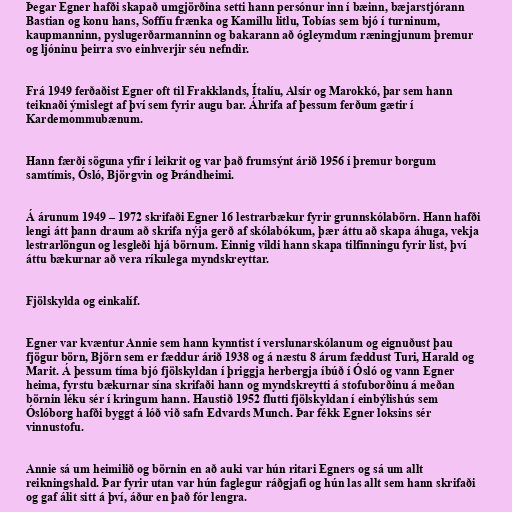
Þegar Egner hafði skapað umgjörðina setti hann persónur inn í bæinn, bæjarstjórann
Bastian og konu hans, Soffíu frænka og Kamillu litlu, Tobías sem bjó í turninum,
kaupmanninn, pyslugerðarmanninn og bakarann að ógleymdum ræningjunum þremur
og ljóninu þeirra svo einhverjir séu nefndir.

Frá 1949 ferðaðist Egner oft til Frakklands, Ítalíu, Alsír og Marokkó, þar sem hann
teiknaði ýmislegt af því sem fyrir augu bar. Áhrifa af þessum ferðum gætir í
Kardemommubænum.

Hann færði söguna yfir í leikrit og var það frumsýnt árið 1956 í þremur borgum
samtímis, Ósló, Björgvin og Þrándheimi.

Á árunum 1949 – 1972 skrifaði Egner 16 lestrarbækur fyrir grunnskólabörn. Hann hafði
lengi átt þann draum að skrifa nýja gerð af skólabókum, þær áttu að skapa áhuga, vekja
lestrarlöngun og lesgleði hjá börnum. Einnig vildi hann skapa tilfinningu fyrir list, því
áttu bækurnar að vera ríkulega myndskreyttar.

Fjölskylda og einkalíf.

Egner var kvæntur Annie sem hann kynntist í verslunarskólanum og eignuðust þau
fjögur börn, Björn sem er fæddur árið 1938 og á næstu 8 árum fæddust Turi, Harald og
Marit. Á þessum tíma bjó fjölskyldan í þriggja herbergja íbúð í Ósló og vann Egner
heima, fyrstu bækurnar sína skrifaði hann og myndskreytti á stofuborðinu á meðan
börnin léku sér í kringum hann. Haustið 1952 flutti fjölskyldan í einbýlishús sem
Óslóborg hafði byggt á lóð við safn Edvards Munch. Þar fékk Egner loksins sér
vinnustofu.

Annie sá um heimilið og börnin en að auki var hún ritari Egners og sá um allt
reikningshald. Þar fyrir utan var hún faglegur ráðgjafi og hún las allt sem hann skrifaði
og gaf álit sitt á því, áður en það fór lengra.